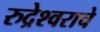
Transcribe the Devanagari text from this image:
रुद्रेश्वराचे